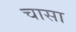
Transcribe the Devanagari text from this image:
चासा